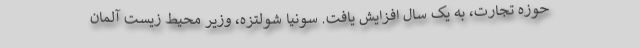
حوزه تجارت، به یک سال افزایش یافت. سونیا شولتزه، وزیر محیط زیست آلمان